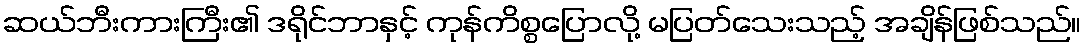
ဆယ်ဘီးကားကြီး၏ ဒရိုင်ဘာနှင့် ကုန်ကိစ္စပြောလို့ မပြတ်သေးသည့် အချိန်ဖြစ်သည်။